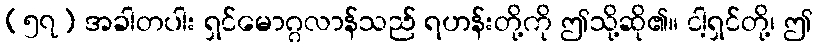
(၅၇) အခါတပါး ရှင်မောဂ္ဂလာန်သည် ရဟန်းတို့ကို ဤသို့ဆို၏။ ငါ့ရှင်တို့၊ ဤ